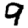
Digit: 9